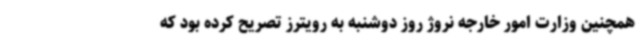
همچنین وزارت امور خارجه نروژ روز دوشنبه به رویترز تصریح کرده بود که